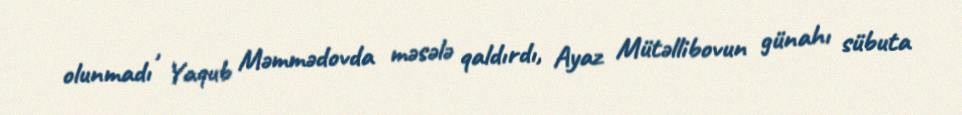
olunmadı , Yaqub Məmmədovda məsələ qaldırdı, Ayaz Mütəllibovun günahı sübuta